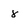
Character: 8